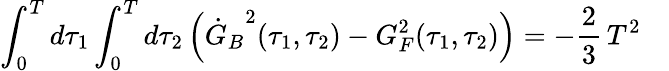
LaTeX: \int_{0}^{T}d\tau_{1}\int_{0}^{T}d\tau_{2}\, \Bigl({\dot{G}_{B}}^{2}(\tau_{1},\tau_{2})-G_{F}^{2}(\tau_{1},\tau_{2})\Bigr)=-{\frac{2}{3}}\, T^{2}\quad